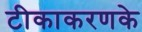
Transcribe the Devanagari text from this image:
टीकाकरणके